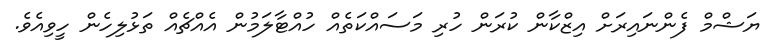
ޔަޝްމް ފެންނައިރަށް އިޒްކާން ކުރަން ހުރި މަސައްކަތެއް ހުއްޓާލަމުން އެއްޗެއް ތަޅުލިހެން ހީވިއެވެ.